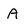
Character: A